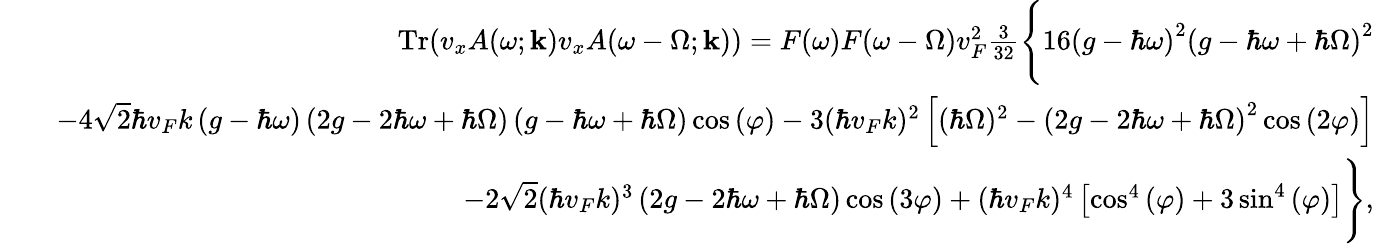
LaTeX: \begin{array}{rlr}&{}&{\mathrm{Tr}{\left(v_{x}A(\omega;\mathbf{k})v_{x}A(\omega-\Omega;\mathbf{k})\right)}=F(\omega)F(\omega-\Omega)v_{F}^{2}\frac{3}{32}\Bigg\{ 16\left(g-\hbar\omega\right)^{2}\left(g-\hbar\omega+\hbar\Omega\right)^{2}}\\ &{}&{-4\sqrt{2}\hbar v_{F}k\left(g-\hbar\omega\right)\left(2g-2\hbar\omega+\hbar\Omega\right)\left(g-\hbar\omega+\hbar\Omega\right)\cos{(\varphi)}-3(\hbar v_{F}k)^{2}\left[(\hbar\Omega)^{2}-\left(2g-2\hbar\omega+\hbar\Omega\right)^{2}\cos{(2\varphi)}\right]}\\ &{}&{-2\sqrt{2}(\hbar v_{F}k)^{3}\left(2g-2\hbar\omega+\hbar\Omega\right)\cos{(3\varphi)}+(\hbar v_{F}k)^{4}\left[\cos^{4}{(\varphi)}+3\sin^{4}{(\varphi)}\right]\Bigg\} ,}\end{array}